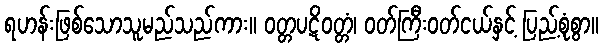
ရဟန်းဖြစ်သောသူမည်သည်ကား။ ဝတ္တပဋိဝတ္တံ၊ ဝတ်ကြီးဝတ်ငယ်နှင့် ပြည့်စုံစွာ။